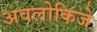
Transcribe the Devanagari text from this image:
अवलोकिजे